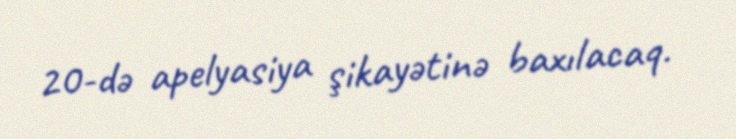
20-də apelyasiya şikayətinə baxılacaq.